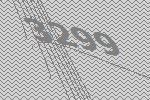
3299